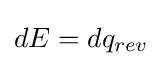
dE=dq_{rev}